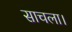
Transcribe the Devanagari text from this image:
साचला।